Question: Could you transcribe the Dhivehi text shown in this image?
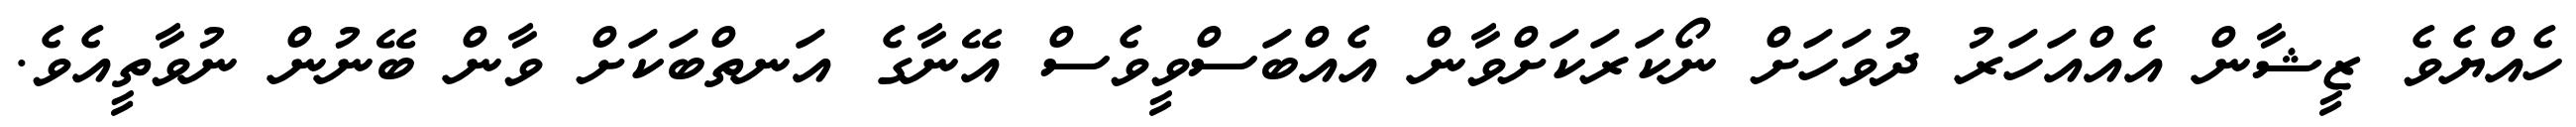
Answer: ހެއްޔެވެ ޒީޝާން އެއްއަހަރު ދުވަހަށް ނޯކަރަކަށްވާން އެއްބަސްވީވެސް އޭނާގެ އަނތްބަކަށް ވާން ބޭނުން ނުވާތީއެވެ.